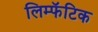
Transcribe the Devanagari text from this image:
लिम्फॅटिक